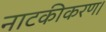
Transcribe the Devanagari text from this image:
नाटकीकरण।